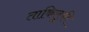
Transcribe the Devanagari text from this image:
ताकिलुकी